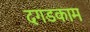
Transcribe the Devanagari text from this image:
दगडकाम